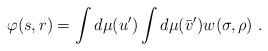
LaTeX: \begin{align*} \varphi(s,r) = \int d\mu(u') \int d\mu(\bar v') w(\sigma,\rho) \ .\end{align*}